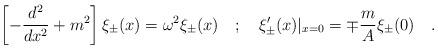
LaTeX: \begin{align*}\left[ -\frac{d^{2}}{dx^{2}}+m^{2}\right] \xi _{\pm }(x)=\omega ^{2}\xi _{\pm }(x)\quad ;\quad \xi _{\pm }^{\prime }(x)|_{x=0}=\mp \frac{m}{A}\xi _{\pm }(0)\quad .\end{align*}